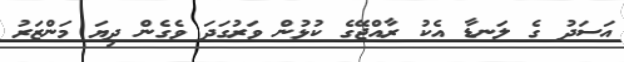
އަސަދު ގެ ލަނޑާ އެކު ރާއްޖޭގެ ކުޅުން ވަރުގަދަ ވެގެން ދިޔަ މަންޒަރު